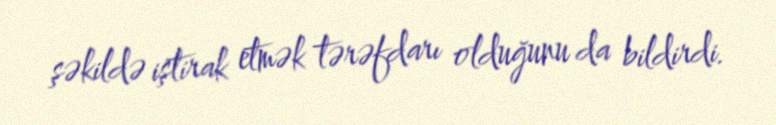
şəkildə iştirak etmək tərəfdarı olduğunu da bildirdi.